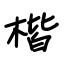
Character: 楷